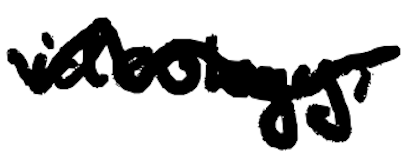
Text: ideology,
Cross-out: wave
Writing tool: digital_black